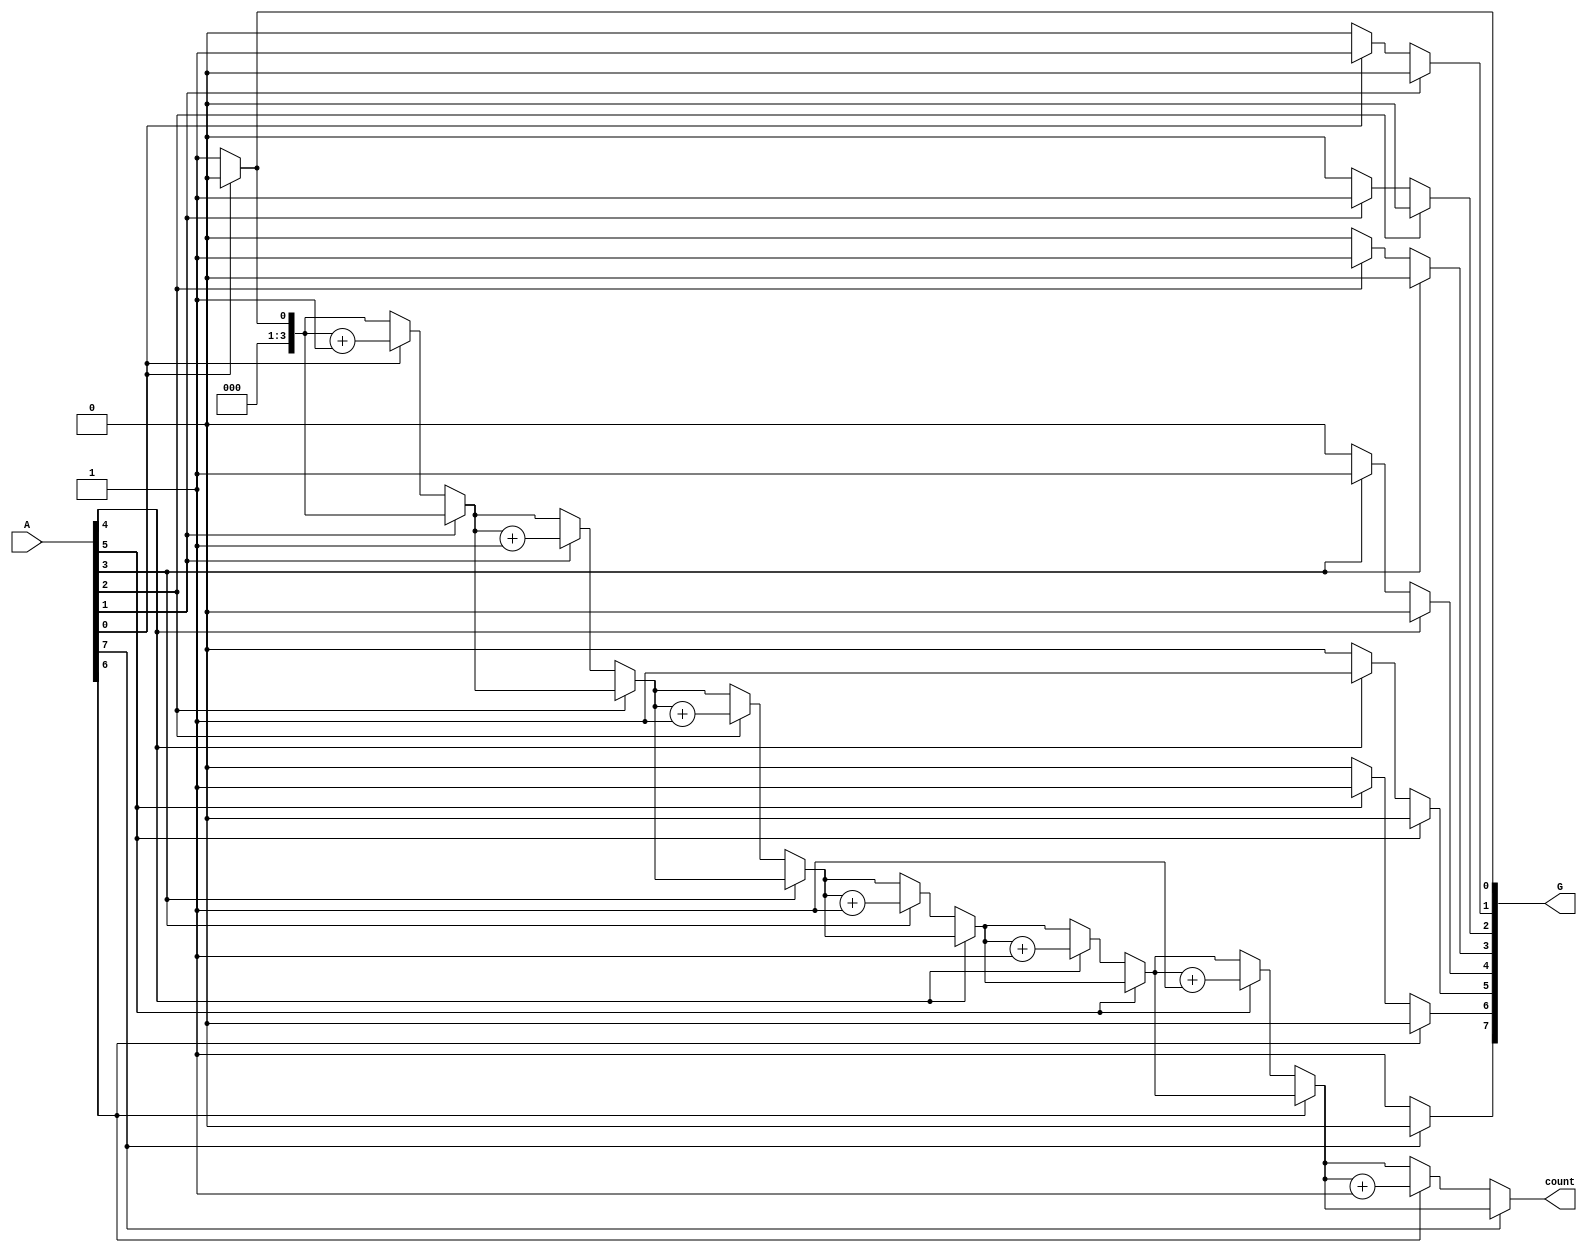
module GroupingOfZeros #(parameter N = 8) (
    input  wire [N-1:0] A,      // Input vector
    output reg  [N-1:0] G,      // Grouped output (binary representation)
    output reg  [3:0] count      // Count of zero groups
);

    integer i;
    reg [N-1:0] temp_G; // Temporary storage for grouped output
    reg in_zero_group;   // Flag to indicate if we are in a zero group

    always @(*) begin
        // Initialize outputs
        temp_G = 0;
        G = 0;
        count = 0;
        in_zero_group = 0;

        // Scan through the input vector
        for (i = 0; i < N; i = i + 1) begin
            if (A[i] == 0) begin
                // If we encounter a zero
                if (!in_zero_group) begin
                    // Start of a new zero group
                    in_zero_group = 1;
                    count = count + 1; // Increment the zero group count
                    // Set the corresponding bit in the output
                    temp_G[i] = 1; // Mark the start of a zero group
                end
            end else begin
                // If we encounter a one
                if (in_zero_group) begin
                    // End of the current zero group
                    in_zero_group = 0;
                end
            end
        end

        // If the last group ends at the last bit and is zero
        if (in_zero_group) begin
            temp_G[N-1] = 1; // Mark the end of the last zero group
        end

        // Assign the temporary grouped output to the output G
        G = temp_G;
    end

endmodule